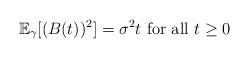
LaTeX: \begin{align*}\mathbb{E}_{\gamma}[(B(t))^2 ]=\sigma^2 t\textrm{ for all }t\geq 0\,\end{align*}